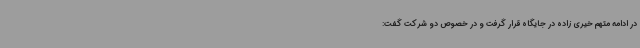
در ادامه متهم خیری زاده در جایگاه قرار گرفت و در خصوص دو شرکت گفت: